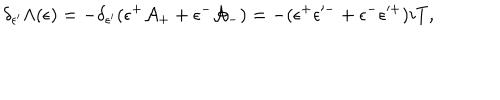
LaTeX: \delta _ { \epsilon ^ { \prime } } \Lambda ( \epsilon ) = - \delta _ { \epsilon ^ { \prime } } ( \epsilon ^ { + } \mathcal { A } _ { + } + \epsilon ^ { - } \mathcal { A } _ { - } ) = - ( \epsilon ^ { + } \epsilon ^ { \prime - } + \epsilon ^ { - } \epsilon ^ { \prime + } ) i T ,